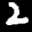
Label: 2